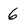
Character: 6